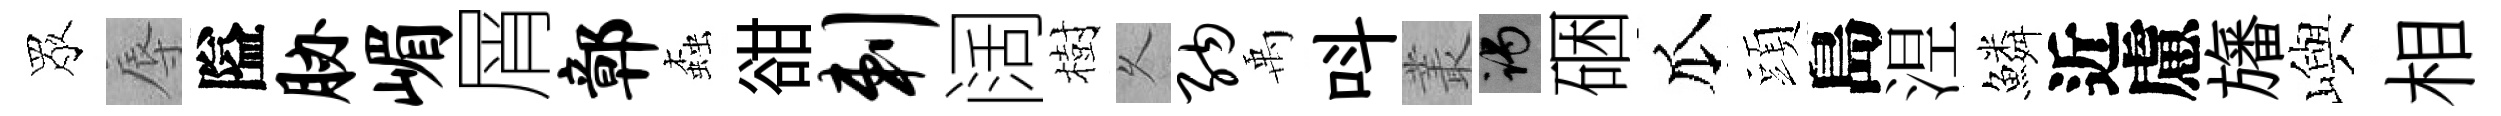
眾辱隘胁嵋屑鄣螙𧮳剌阔樹乆纳禹呌叢谒硱瓜頭島𣵀鱗近慮旛嶼相